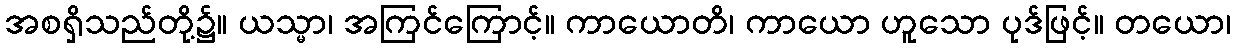
အစရှိသည်တို့၌။ ယသ္မာ၊ အကြင်ကြောင့်။ ကာယောတိ၊ ကာယော ဟူသော ပုဒ်ဖြင့်။ တယော၊